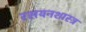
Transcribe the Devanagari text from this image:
रसयनशास्त्र